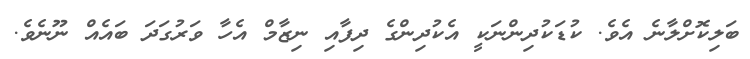
ބަލިކޮށްލާނެ އެވެ. ކުޑަކުދިންނަކީ އެކުދިންގެ ދިފާއި ނިޒާމް އެހާ ވަރުގަދަ ބައެއް ނޫނެވެ.